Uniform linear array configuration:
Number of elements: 4
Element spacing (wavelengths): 0.25
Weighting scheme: hann
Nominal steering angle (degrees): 15
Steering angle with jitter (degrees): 15.87
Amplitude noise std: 0.05
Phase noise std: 0.05

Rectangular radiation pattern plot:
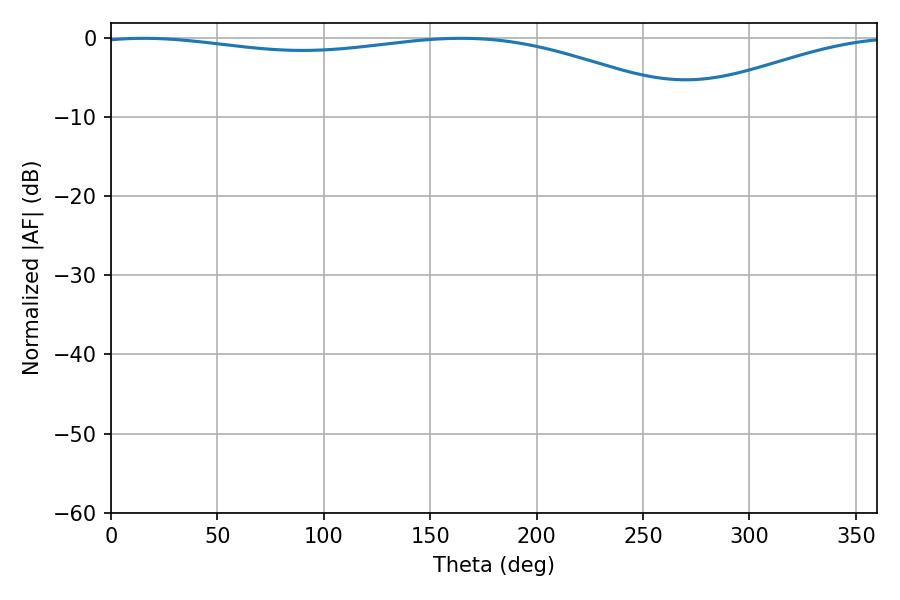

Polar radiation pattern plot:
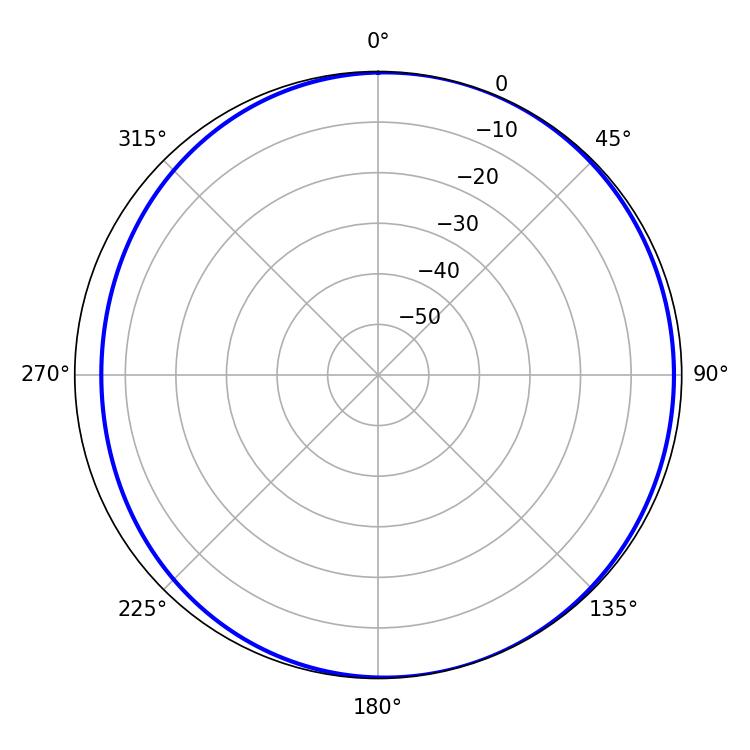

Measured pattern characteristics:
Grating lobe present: FALSE
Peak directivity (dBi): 4.441
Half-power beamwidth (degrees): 227.34
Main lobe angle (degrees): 15.3